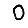
Digit: 0